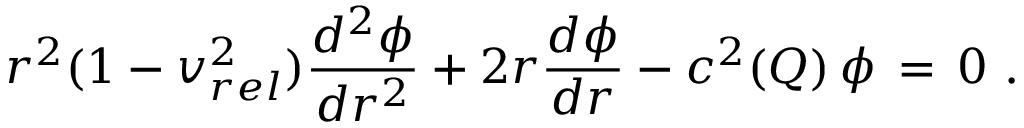
r ^ { 2 } ( 1 - v _ { r e l } ^ { 2 } ) \frac { d ^ { 2 } \phi } { d r ^ { 2 } } + 2 r \frac { d \phi } { d r } - c ^ { 2 } ( Q ) \, \phi \, = \, 0 \ .